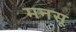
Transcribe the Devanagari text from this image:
मनसू